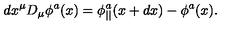
d x ^ { \mu } D _ { \mu } \phi ^ { a } ( x ) = \phi _ { | | } ^ { a } ( x + d x ) - \phi ^ { a } ( x ) .